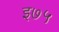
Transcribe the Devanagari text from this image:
इ७५